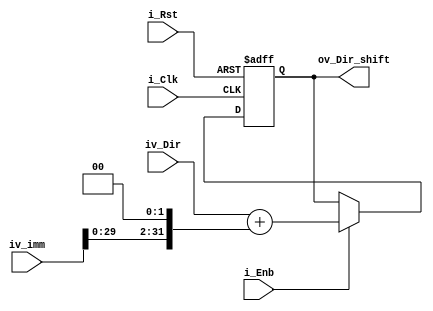
module ADD_imm(
	input i_Clk,
	input i_Rst,
	input i_Enb,
	input [31:0] iv_Dir,
	input [31:0] iv_imm,
	output [31:0] ov_Dir_shift
);

reg [31:0] ov_Dir_shift_Q;
reg [31:0] ov_Dir_shift_D;

assign ov_Dir_shift = ov_Dir_shift_Q;

always@(posedge i_Clk or posedge i_Rst)
begin
	if(i_Rst)
	begin
		ov_Dir_shift_Q <= 0;
	end
	else if(i_Enb)
	begin
		ov_Dir_shift_Q <= ov_Dir_shift_D;
	end
	else
	begin
		ov_Dir_shift_Q <= ov_Dir_shift_Q;
	end
end

always@*
begin
	ov_Dir_shift_D = iv_Dir + {iv_imm[29:0],2'b00};
end

endmodule